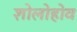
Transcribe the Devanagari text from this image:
शोलोहोव